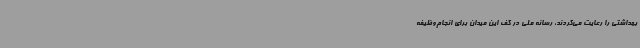
بهداشتی را رعایت می‌کردند، رسانه ملی در کف این میدان برای انجام‌وظیفه